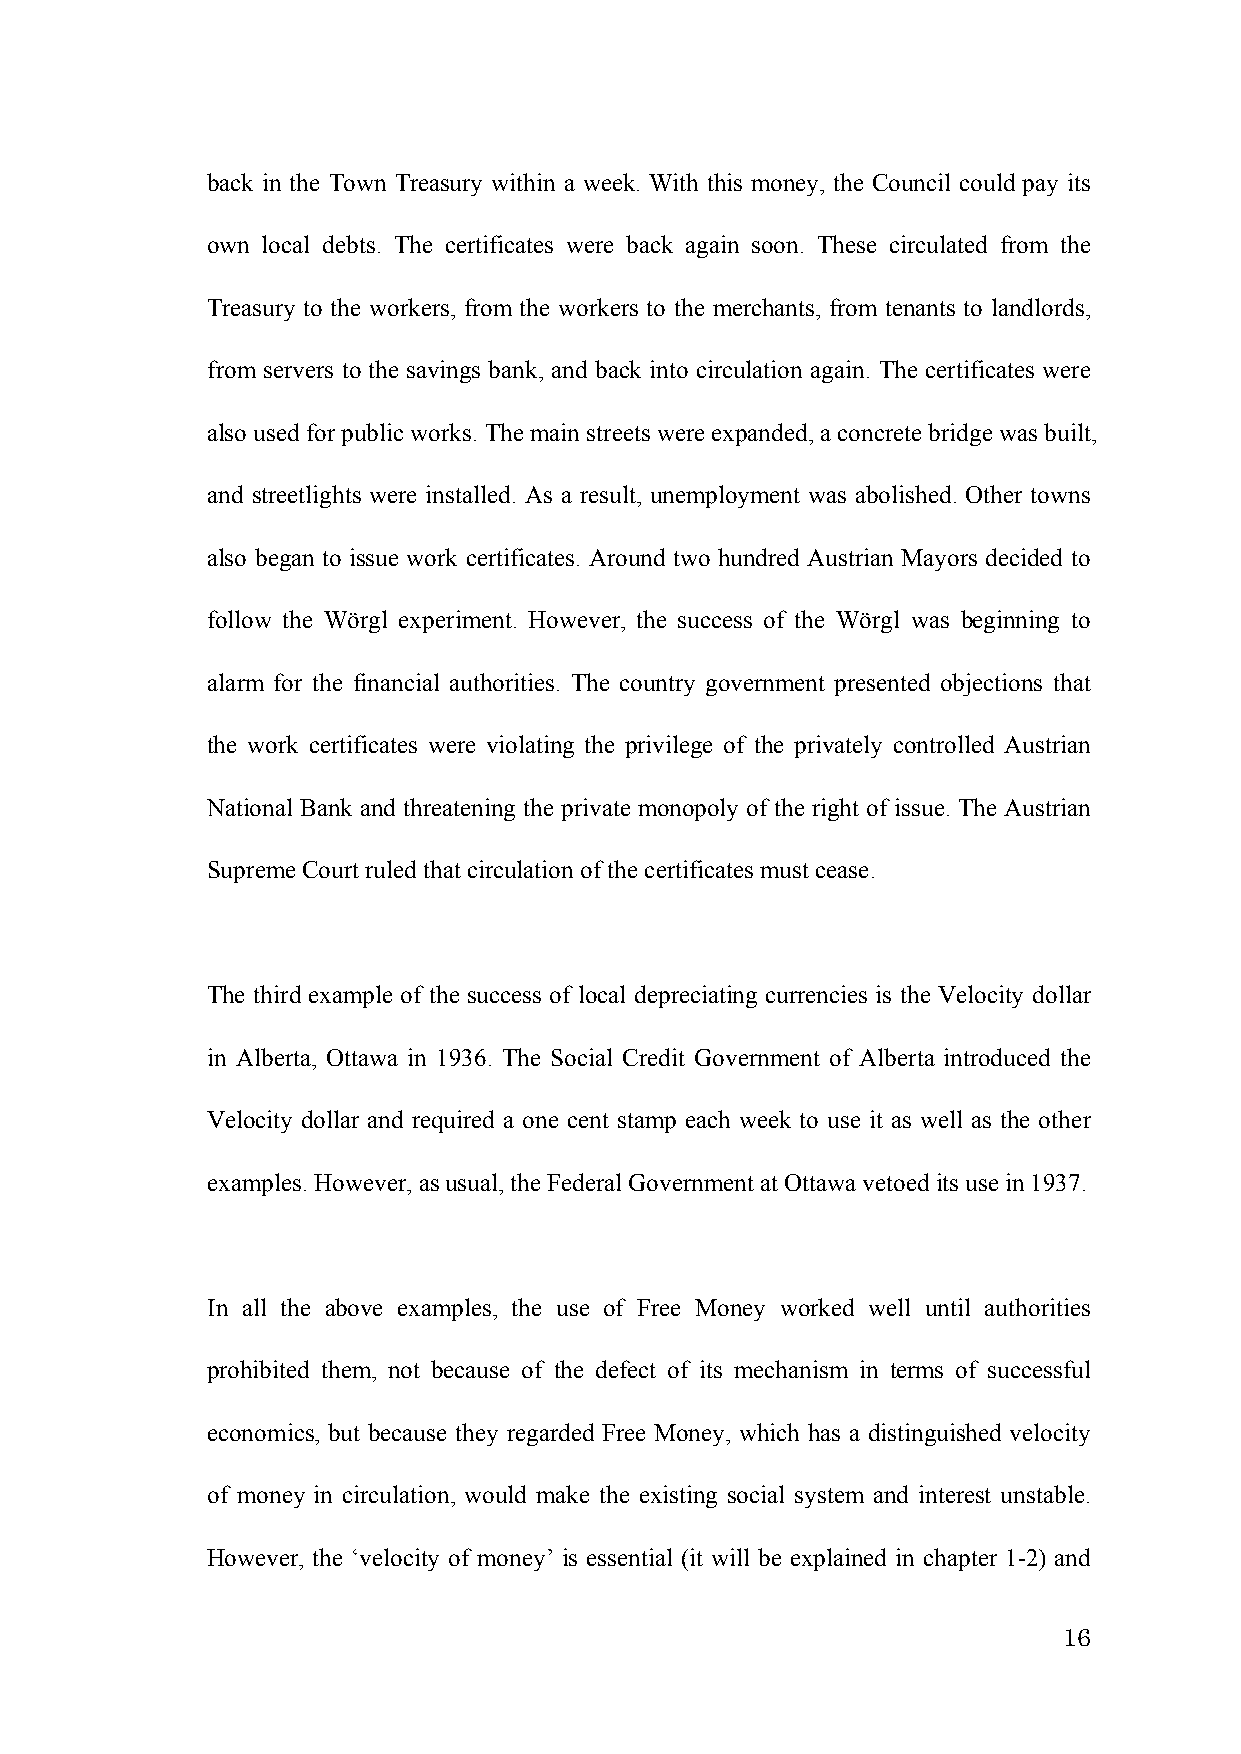
back in the Town Treasury within a week. With this money, the Council could pay its
 own local debts. The certificates were back again soon. These circulated from the
 Treasury to the workers, from the workers to the merchants, from tenants to landlords,
 from servers to the savings bank, and back into circulation again. The certificates were
 also used for public works. The main streets were expanded, a concrete bridge was built,
 and streetlights were installed. As a result, unemployment was abolished. Other towns
 also began to issue work certificates. Around two hundred Austrian Mayors decided to
 follow the Wörgl experiment. However, the success of the Wörgl was beginning to
 alarm for the financial authorities. The country government presented objections that
 the work certificates were violating the privilege of the privately controlled Austrian
 National Bank and threatening the private monopoly of the right of issue. The Austrian
 Supreme Court ruled that circulation of the certificates must cease.
 The third example of the success of local depreciating currencies is the Velocity dollar
 in Alberta, Ottawa in 1936. The Social Credit Government of Alberta introduced the
 Velocity dollar and required a one cent stamp each week to use it as well as the other
 examples. However, as usual, the Federal Government at Ottawa vetoed its use in 1937.
 In all the above examples, the use of Free Money worked well until authorities
 prohibited them, not because of the defect of its mechanism in terms of successful
 economics, but because they regarded Free Money, which has a distinguished velocity
 of money in circulation, would make the existing social system and interest unstable.
 However, the ‘velocity of money’ is essential (it will be explained in chapter 1-2) and
 16